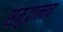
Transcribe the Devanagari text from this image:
समुद्रालाच